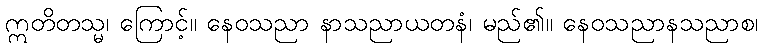
ဣတိတသ္မ၊ ကြောင့်။ နေဝသညာ နာသညာယတနံ၊ မည်၏။ နေဝသညာနသညာစ၊